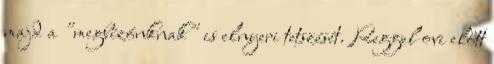
majd a "megbízónknak" is elnyeri tetszését. Reggel ovi előtt